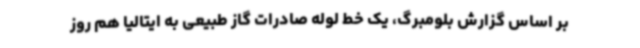
بر اساس گزارش بلومبرگ، یک خط لوله صادرات گاز طبیعی به ایتالیا هم روز